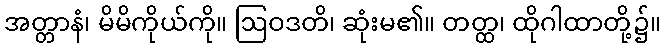
အတ္တာနံ၊ မိမိကိုယ်ကို။ ဩဝဒတိ၊ ဆုံးမ၏။ တတ္ထ၊ ထိုဂါထာတို့၌။